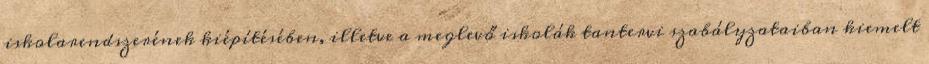
iskolarendszerének kiépítésében, illetve a meglevő iskolák tantervi szabályzataiban kiemelt